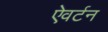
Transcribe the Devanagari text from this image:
ऐवर्टन